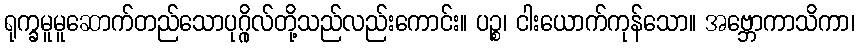
ရုက္ခမူမူဆောက်တည်သောပုဂ္ဂိုလ်တို့သည်လည်းကောင်း။ ပဉ္စ၊ ငါးယောက်ကုန်သော။ အဗ္ဘောကာသိကာ၊